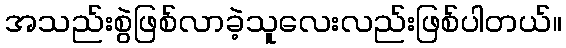
အသည်းစွဲဖြစ်လာခဲ့သူလေးလည်းဖြစ်ပါတယ်။